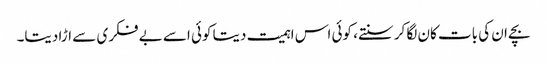
بچے ان کی بات کان لگا کر سنتے، کوئی اس اہمیت دیتا کوئی اسے بے فکری سے اڑا دیتا۔